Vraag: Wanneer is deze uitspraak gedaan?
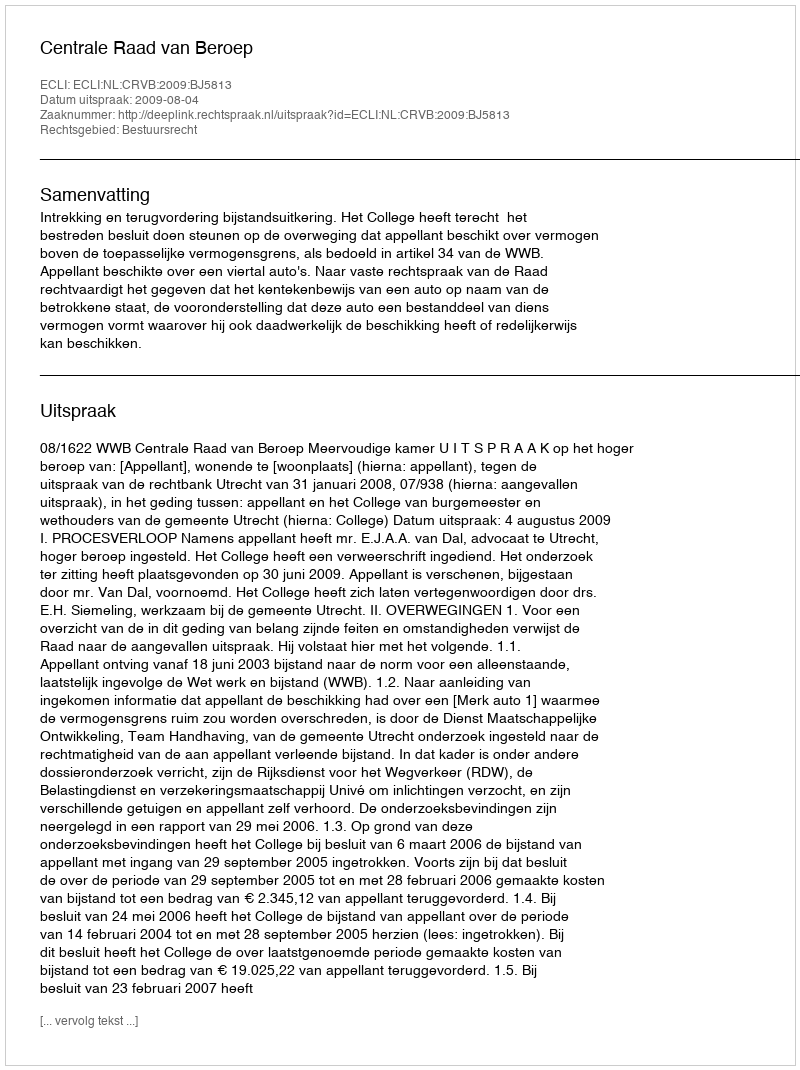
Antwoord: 2009-08-04